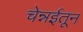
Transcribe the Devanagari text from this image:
चेन्नईतून